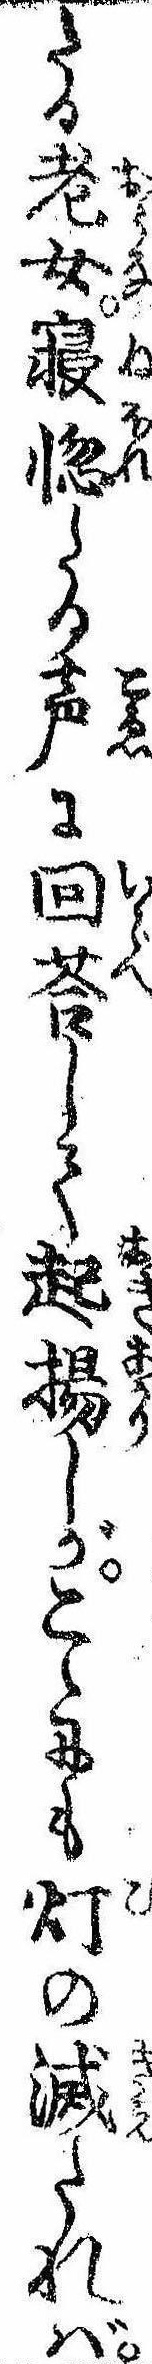
たる老女寝惚たる声に回答して起揚しがこゝにも灯の滅たれば